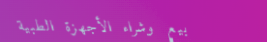
بيع وشراء الأجهزة الطبية